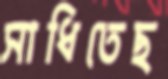
সাধিতেছ